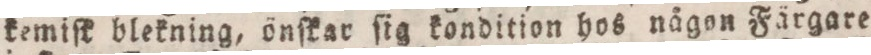
kemiſk blekning, önſkar ſig kondition hos någon Färgare